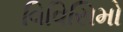
વિવિસિમો